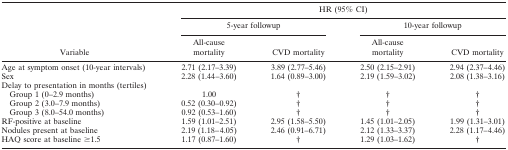
<table><thead><tr><td></td><td colspan="4"><b>HR (95% CI)</b></td></tr><tr><td></td><td colspan="2"><b>5-year followup</b></td><td colspan="2"><b>10-year followup</b></td></tr><tr><td><b>Variable</b></td><td><b>All-cause mortality</b></td><td><b>CVD mortality</b></td><td><b>All-cause mortality</b></td><td><b>CVD mortality</b></td></tr></thead><tbody><tr><td>Age at symptom onset (10-year intervals)</td><td>2.71 (2.17–3.39)</td><td>3.89 (2.77–5.46)</td><td>2.50 (2.15–2.91)</td><td>2.94 (2.37–4.46)</td></tr><tr><td>Sex</td><td>2.28 (1.44–3.60)</td><td>1.64 (0.89–3.00)</td><td>2.19 (1.59–3.02)</td><td>2.08 (1.38–3.16)</td></tr><tr><td colspan="5">Delay to presentation in months (tertiles)</td></tr><tr><td>Group 1 (0–2.9 months)</td><td>1.00</td><td>†</td><td>†</td><td>†</td></tr><tr><td>Group 2 (3.0–7.9 months)</td><td>0.52 (0.30–0.92)</td><td>†</td><td>†</td><td>†</td></tr><tr><td>Group 3 (8.0–54.0 months)</td><td>0.92 (0.53–1.60)</td><td>†</td><td>†</td><td>†</td></tr><tr><td>RF-positive at baseline</td><td>1.59 (1.01–2.51)</td><td>2.95 (1.58–5.50)</td><td>1.45 (1.01–2.05)</td><td>1.99 (1.31–3.01)</td></tr><tr><td>Nodules present at baseline</td><td>2.19 (1.18–4.05)</td><td>2.46 (0.91–6.71)</td><td>2.12 (1.33–3.37)</td><td>2.28 (1.17–4.46)</td></tr><tr><td>HAQ score at baseline ≥1.5</td><td>1.17 (0.87–1.60)</td><td>†</td><td>1.29 (1.03–1.62)</td><td>†</td></tr></tbody></table>